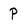
Character: P